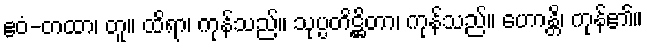
ဧဝံ-တထာ၊ တူ။ ထိရာ၊ ကုန်သည်။ သုပ္ပတိဋ္ဌိတာ၊ ကုန်သည်။ ဟောန္တိ၊ ကုန်၏။